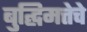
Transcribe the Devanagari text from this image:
बुद्घिमत्तेचे